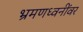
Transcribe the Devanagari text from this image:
भ्रमणध्वनींवर